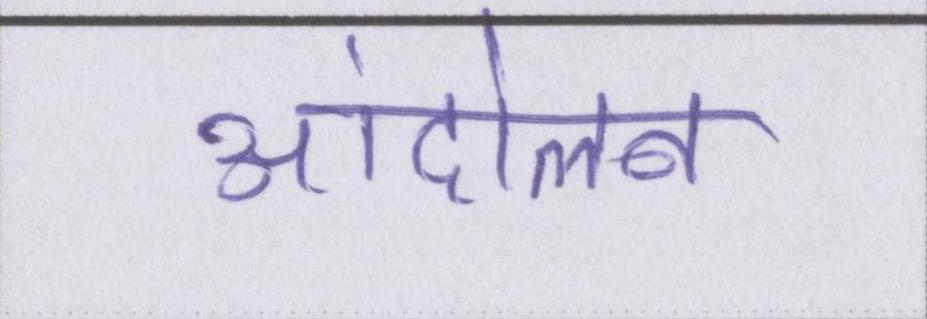
आंदोलन